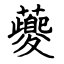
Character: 夔